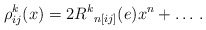
\begin{align*}\rho_{ij}^k(x) = 2 {R^k}_{n[ij]}(e) x^n + \ldots\, .\end{align*}